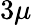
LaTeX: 3\mu